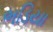
ભડિયા